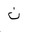
Letter: _non